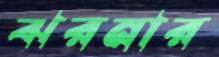
ঝরনার